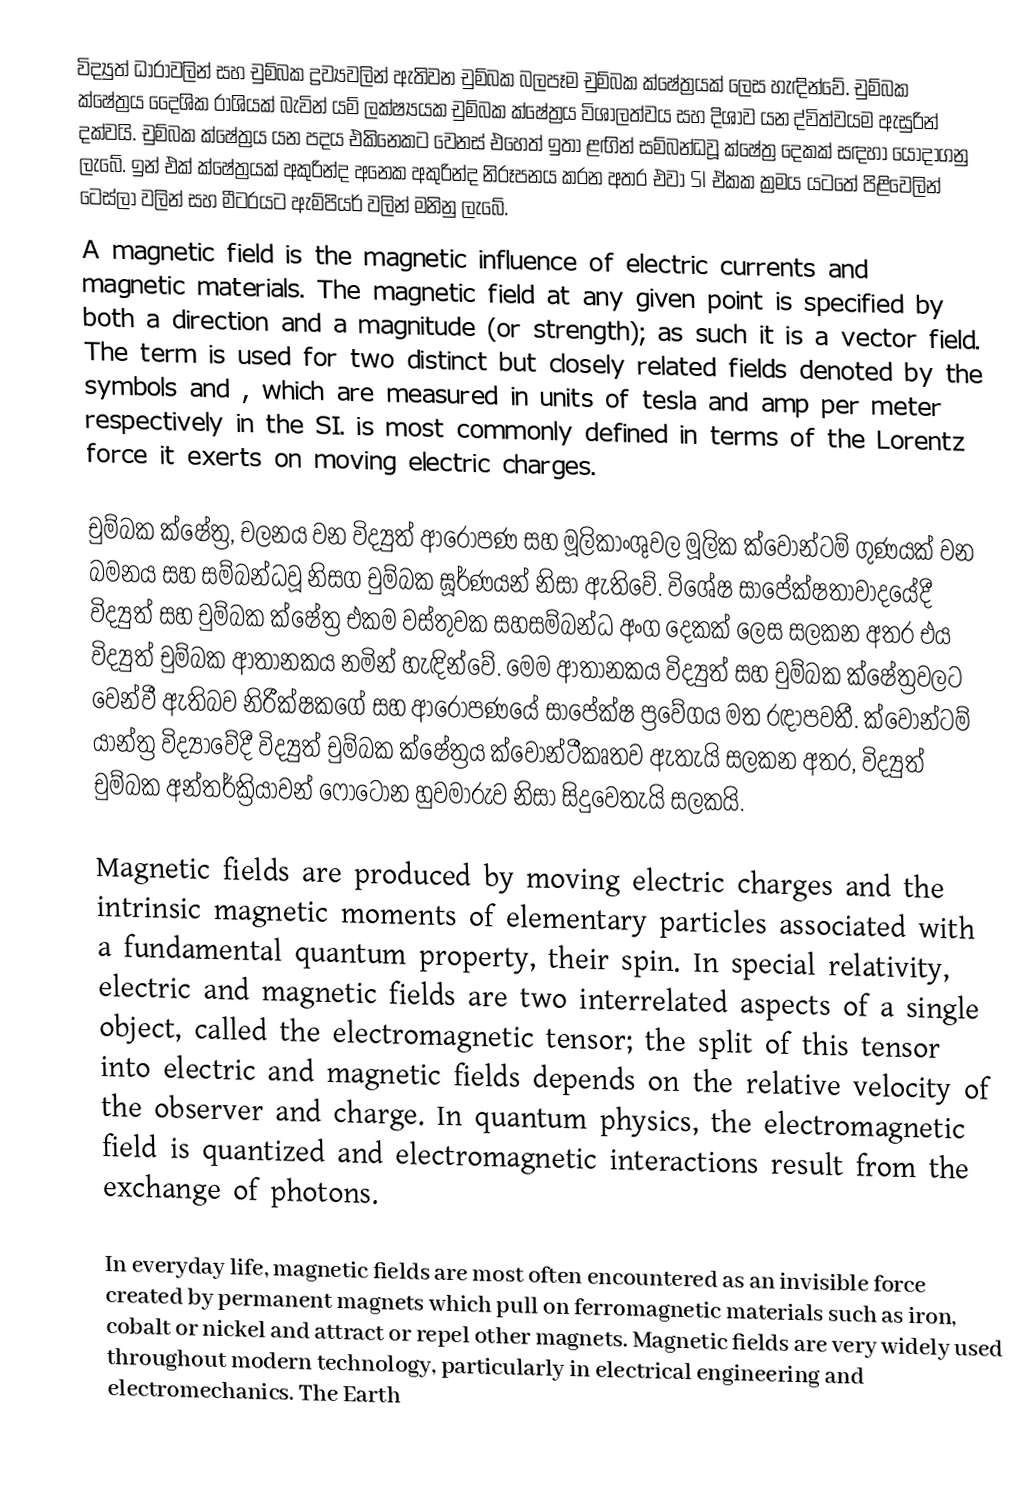
විද්‍යුත් ධාරාවලින් සහ චුම්බක ද්‍රව්‍යවලින් ඇතිවන චුම්බක බලපෑම චුම්බක ක්ෂේත්‍රයක් ලෙස හැඳින්වේ. චුම්බක ක්ෂේත්‍රය දෛශික රාශියක් බැවින් යම් ලක්ෂ්‍යයක චුම්බක ක්ෂේත්‍රය විශාලත්වය සහ දිශාව යන ද්විත්වයම ඇසුරින් දක්වයි. චුම්බක ක්ෂේත්‍රය යන පදය එකිනෙකට වෙනස් එහෙත් ඉතා ළඟින් සම්බන්ධවූ ක්ෂේත්‍ර දෙකක් සඳහා යොදාගනු ලැබේ. ඉන් එක් ක්ෂේත්‍රයක්  අකුරින්ද අනෙක  අකුරින්ද  නිරූපනය කරන අතර එවා SI ඒකක ක්‍රමය යටතේ පිළිවෙලින් ටෙස්ලා වලින් සහ මීටරයට ඇම්පියර් වලින් මනිනු ලැබේ.
A magnetic field is the magnetic influence of electric currents and magnetic materials. The magnetic field at any given point is specified by both a direction and a magnitude (or strength); as such it is a vector field. The term is used for two distinct but closely related fields denoted by the symbols  and , which are measured in units of tesla and amp per meter respectively in the SI.   is most commonly defined in terms of the Lorentz force it exerts on moving electric charges.

චුම්බක ක්ෂේත්‍ර, චලනය වන විද්‍යුත් ආරෝපණ සහ මූලිකාංශුවල මූලික ක්වොන්ටම් ගුණයක් වන බමනය සහ සම්බන්ධවූ නිසග චුම්බක ඝූර්ණයන් නිසා ඇතිවේ. විශේෂ සාපේක්ෂතාවාදයේදී විද්‍යුත් සහ චුම්බක ක්ෂේත්‍ර එකම වස්තුවක සහසම්බන්ධ අංග දෙකක් ලෙස සලකන අතර එය විද්‍යුත් චුම්බක ආතානකය නමින් හැඳින්වේ. මෙම ආතානකය විද්‍යුත් සහ චුම්බක ක්ෂේත්‍රවලට වෙන්වී ඇතිබව නිරීක්ෂකගේ සහ ආරෝපණයේ සාපේක්ෂ ප්‍රවේගය මත රඳාපවතී. ක්වොන්ටම් යාන්ත්‍ර විද්‍යාවේදී විද්‍යුත් චුම්බක ක්ෂේත්‍රය ක්වොන්ටීකෘතව ඇතැයි සලකන අතර, විද්‍යුත් චුම්බක අන්තර්ක්‍රියාවන් ෆෝටෝන හුවමාරුව නිසා සිදුවෙතැයි සලකයි.

Magnetic fields are produced by moving electric charges and the intrinsic magnetic moments of elementary particles associated with a fundamental quantum property, their spin. In special relativity, electric and magnetic fields are two interrelated aspects of a single object, called the electromagnetic tensor; the split of this tensor into electric and magnetic fields depends on the relative velocity of the observer and charge. In quantum physics, the electromagnetic field is quantized and electromagnetic interactions result from the exchange of photons.

In everyday life, magnetic fields are most often encountered as an invisible force created by permanent magnets which pull on ferromagnetic materials such as iron, cobalt or nickel and attract or repel other magnets.   Magnetic fields are very widely used throughout modern technology, particularly in electrical engineering and electromechanics. The Earth